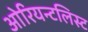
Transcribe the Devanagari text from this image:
ओरियन्टलिस्ट